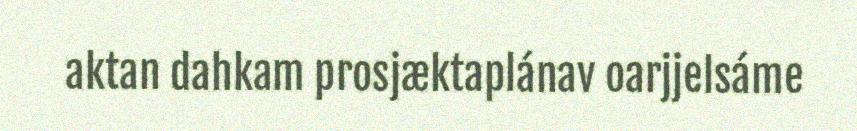
aktan dahkam prosjæktaplánav oarjjelsáme